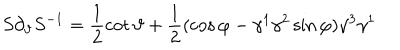
LaTeX: S \partial _ { \vartheta } S ^ { - 1 } = \frac 1 2 \cot \vartheta + \frac 1 2 ( \cos \varphi - \gamma ^ { 1 } \gamma ^ { 2 } \sin \varphi ) \gamma ^ { 3 } \gamma ^ { 1 }